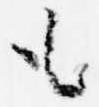
も